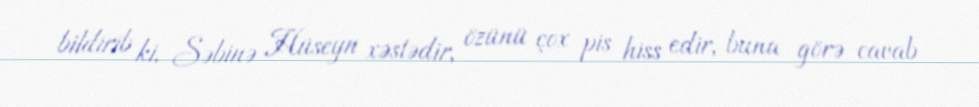
bildirib ki, Səbinə Hüseyn xəstədir, özünü çox pis hiss edir, buna görə cavab